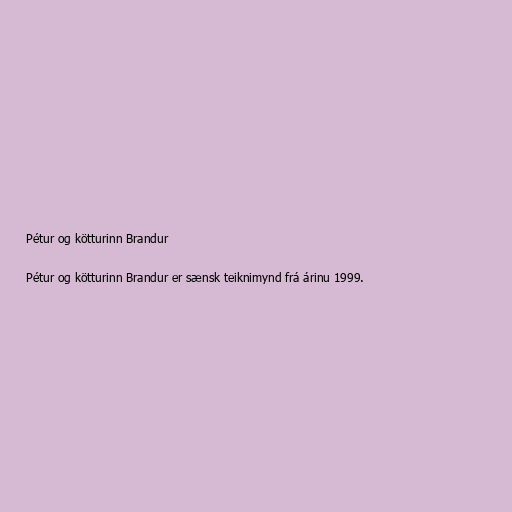
Pétur og kötturinn Brandur

Pétur og kötturinn Brandur er sænsk teiknimynd frá árinu 1999.